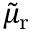
\tilde { \mu } _ { \mathrm { r } }